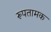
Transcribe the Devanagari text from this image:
रूपतामक